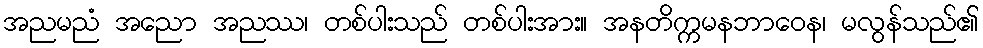
အညမညံ အညော အညဿ၊ တစ်ပါးသည် တစ်ပါးအား။ အနတိက္ကမနဘာဝေန၊ မလွန်သည်၏